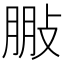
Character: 𢽩